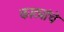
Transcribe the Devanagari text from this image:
काट्यांचे